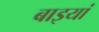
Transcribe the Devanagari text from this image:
बाइयां